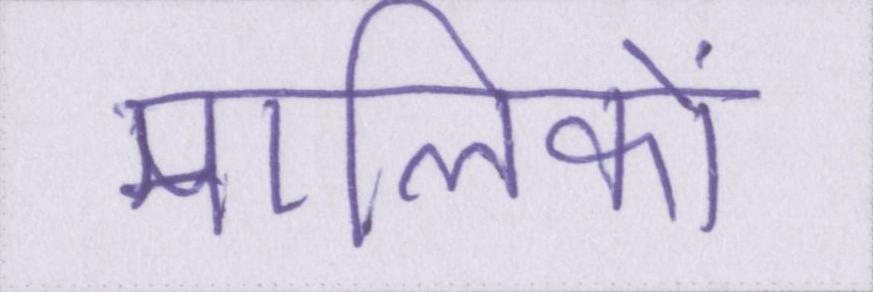
मालिकों